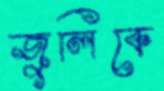
জুলিকে